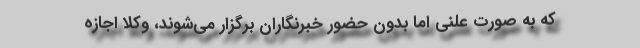
که به صورت علنی اما بدون حضور خبرنگاران برگزار می‌شوند، وکلا اجازه